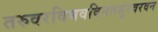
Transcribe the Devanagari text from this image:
तरुवरविभवविनतसुरवरवन